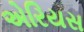
એરિયસ